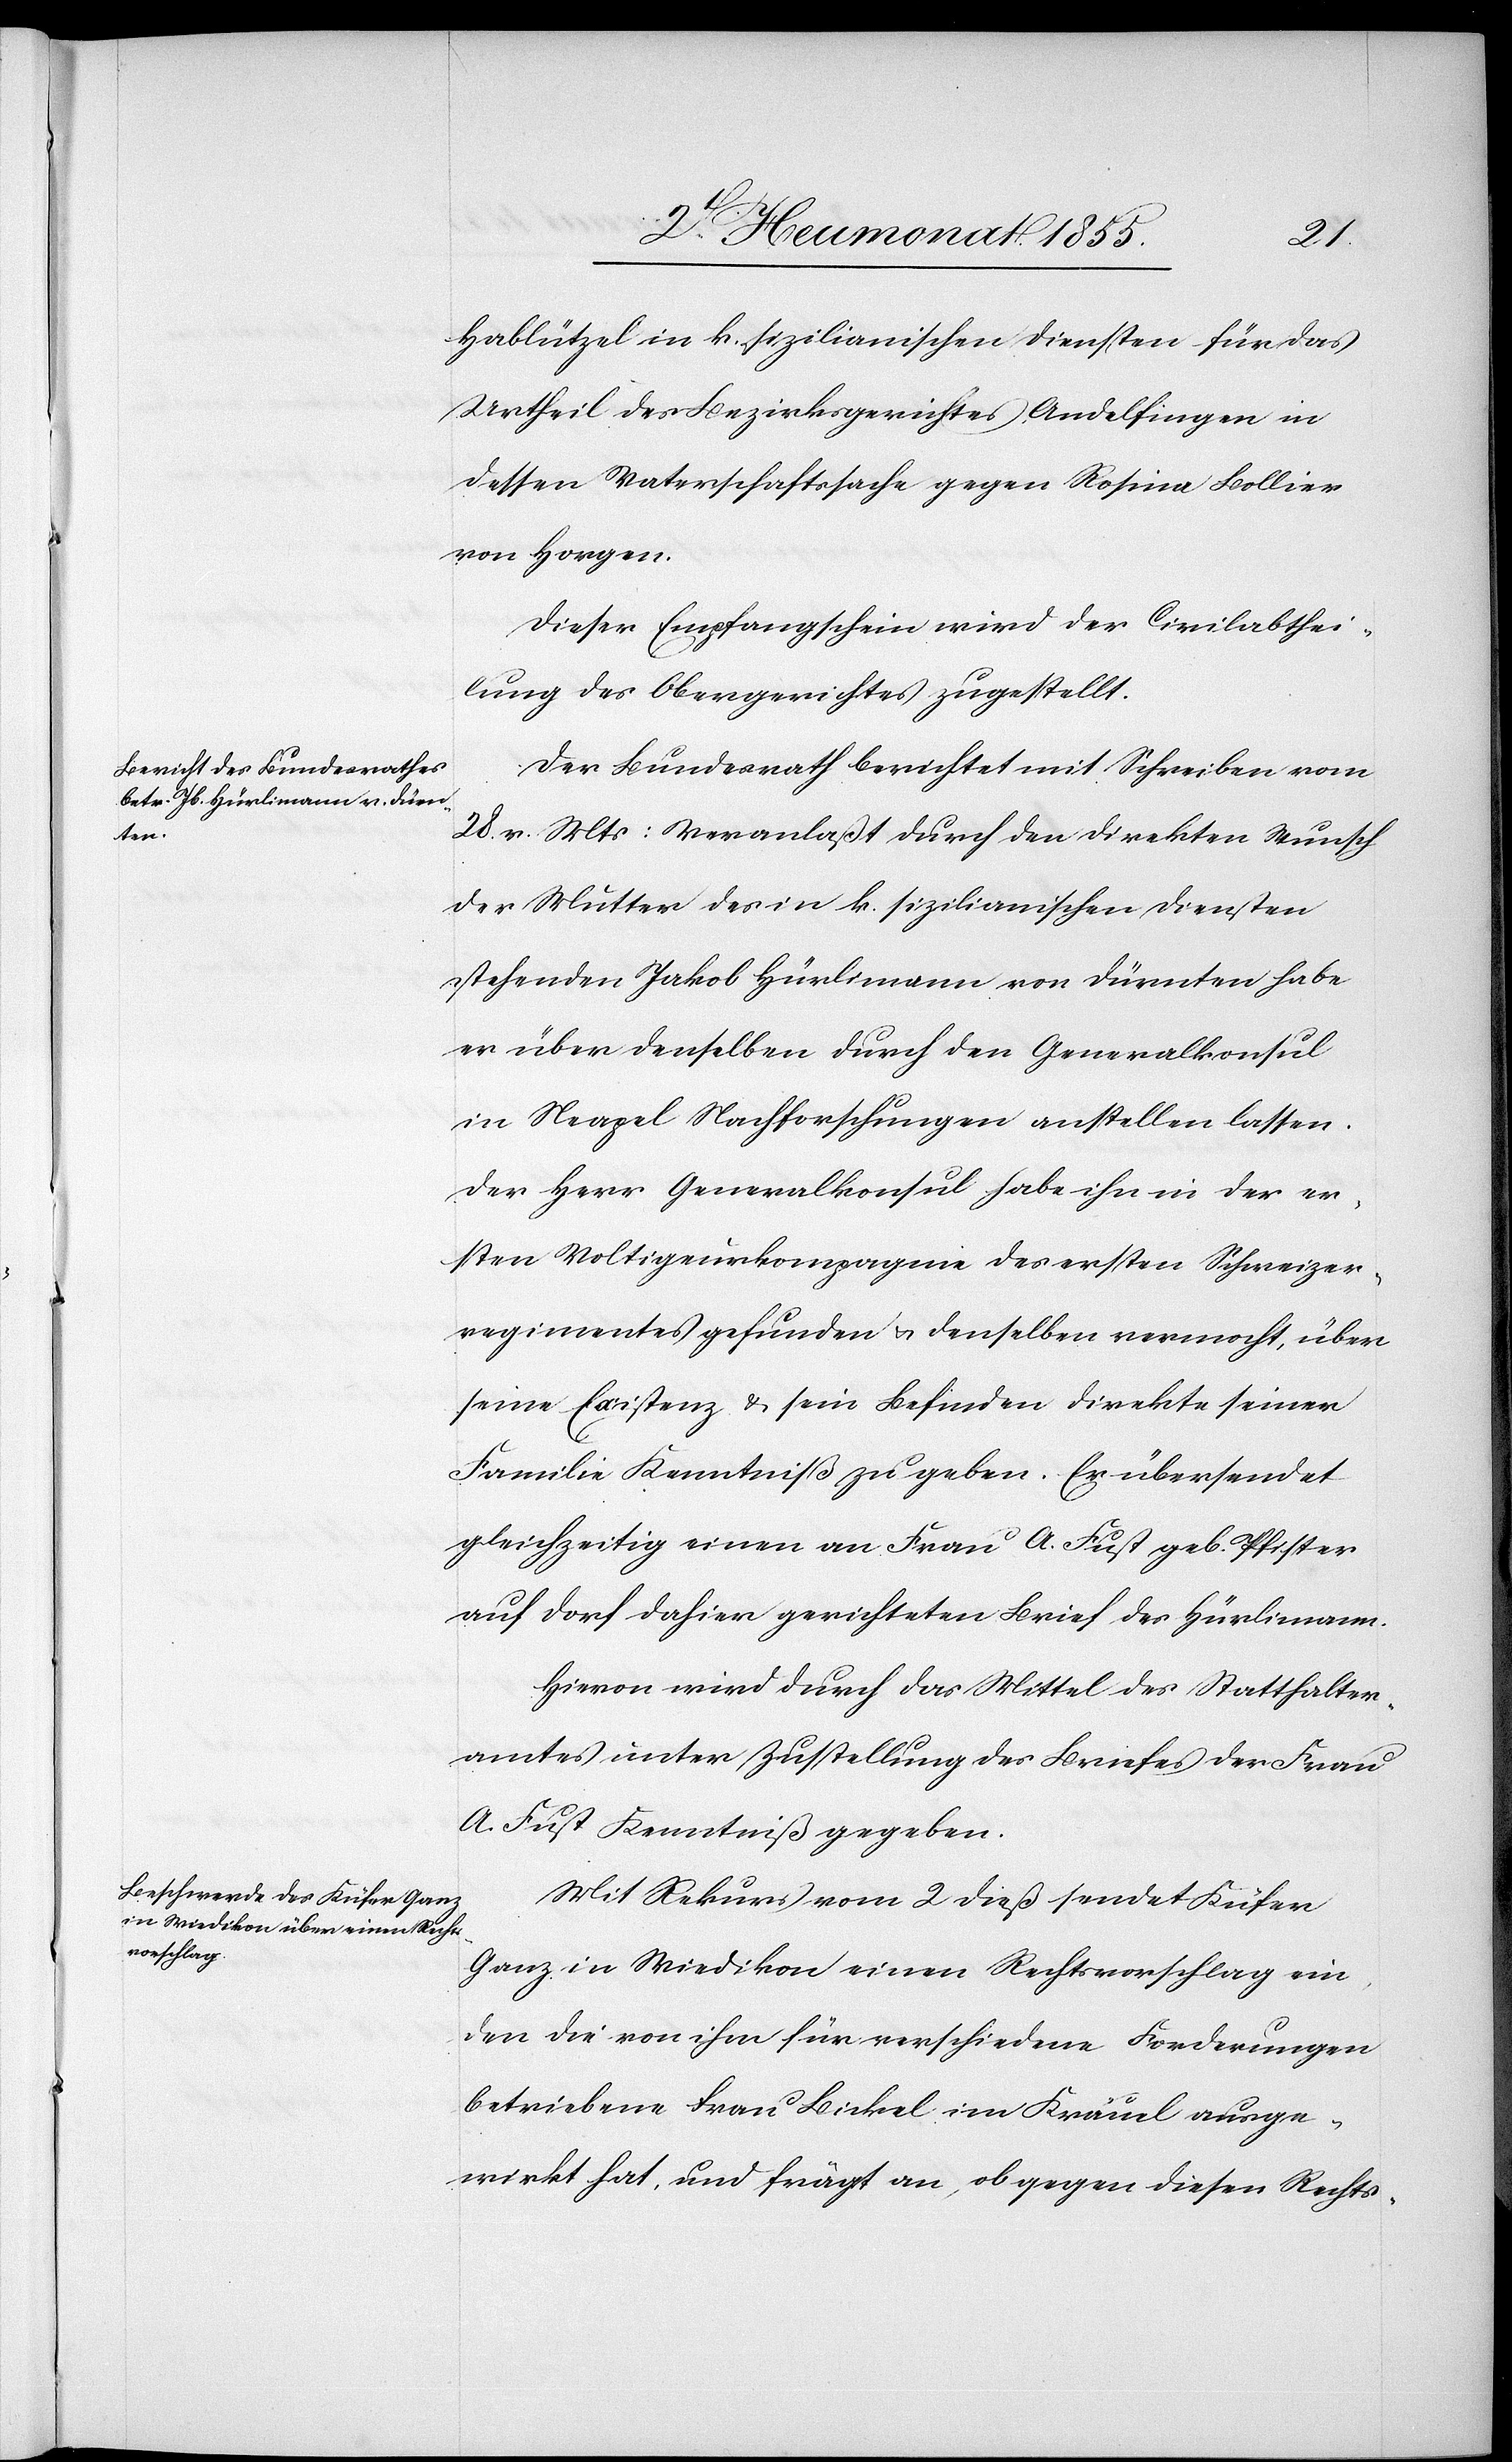
3t[en] Heumonat 1855.]
Hablützel in k. sizilianischen Diensten für das
Urtheil des Bezirksgerichtes Andelfingen in
dessen Vaterschaftssache gegen Rosina Bollier
von Horgen.
Dieser Empfangschein wird der Civilabthei¬
lung des Obergerichtes zugestellt.
Der Bundesrath berichtet mit Schreiben vom
28. v. Mts: Veranlaßt durch den direkten Wunsch
der Mutter des in k. sizilianischen Diensten
stehenden Jakob Hürlimann von Dürnten habe
er über denselben durch den Generalkonsul
in Neapel Nachforschungen anstellen lassen.
Der Herr Generalkonsul habe ihn in der er¬
sten Voltigeurkompagnie des ersten Schweizer¬
regimentes gefunden & denselben vermocht, über
seine Existenz & sein Befinden direkte seiner
Familie Kenntniß zu geben. Er übersendet
gleichzeitig einen an Frau A. Fust geb. Pfister
auf Dorf dahier gerichteten Brief des Hürlimann.
Hievon wird durch das Mittel des Statthalter¬
amtes unter Zustellung des Briefes der Frau
A. Fust Kenntniß gegeben.
Mit Rekurs vom 2 dieß sendet Küfer
Ganz in Wiedikon einen Rechtsvorschlag ein,
den die von ihm für verschiedene Forderungen
betriebene Frau Bickel im Kräuel ausge¬
wirkt hat, und frägt an, ob gegen diesen Rechts-